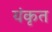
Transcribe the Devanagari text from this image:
यंकृत